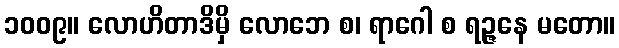
၁၀၀၉။ လောဟိတာဒိမှိ လောဘေ စ၊ ရာဂေါ စ ရဉ္ဇနေ မတော။